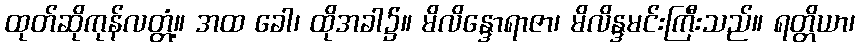
ထုတ်ဆိုကုန်လတ္တံ့။ အထ ခေါ၊ ထိုအခါ၌။ မိလိန္ဒောရာဇာ၊ မိလိန္ဒမင်းကြီးသည်။ ရတ္တိယာ၊